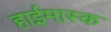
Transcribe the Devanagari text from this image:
हाईमास्क